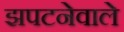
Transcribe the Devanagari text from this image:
झपटनेवाले